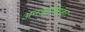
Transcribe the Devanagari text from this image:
अनङ्गारिरङ्गाः